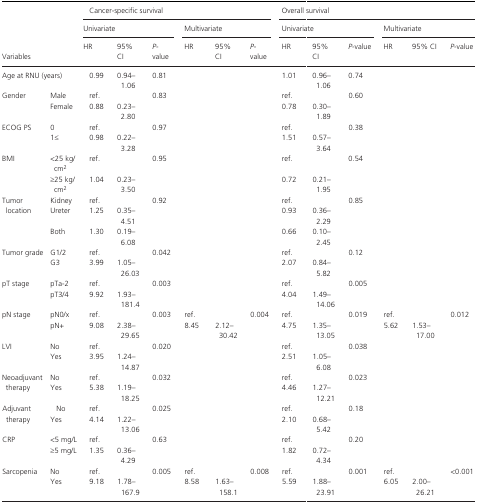
<table><thead><tr><td rowspan="3" colspan="2"><b>Variables</b></td><td colspan="6"><b>Cancer‐specific survival</b></td><td colspan="6"><b>Overall survival</b></td></tr><tr><td colspan="3"><b>Univariate</b></td><td colspan="3"><b>Multivariate</b></td><td colspan="3"><b>Univariate</b></td><td colspan="3"><b>Multivariate</b></td></tr><tr><td><b>HR</b></td><td><b>95% CI</b></td><td><b><i>P</i>‐value</b></td><td><b>HR</b></td><td><b>95% CI</b></td><td><b><i>P</i>‐value</b></td><td><b>HR</b></td><td><b>95% CI</b></td><td><b><i>P‐</i>value</b></td><td><b>HR</b></td><td><b>95% CI</b></td><td><b><i>P</i>‐value</b></td></tr></thead><tbody><tr><td colspan="2">Age at RNU (years)</td><td>0.99</td><td>0.94–1.06</td><td>0.81</td><td></td><td></td><td></td><td>1.01</td><td>0.96–1.06</td><td>0.74</td><td></td><td></td><td></td></tr><tr><td rowspan="2">Gender</td><td>Male</td><td>ref.</td><td></td><td>0.83</td><td></td><td></td><td></td><td>ref.</td><td></td><td>0.60</td><td></td><td></td><td></td></tr><tr><td>Female</td><td>0.88</td><td>0.23–2.80</td><td></td><td></td><td></td><td></td><td>0.78</td><td>0.30–1.89</td><td></td><td></td><td></td><td></td></tr><tr><td rowspan="2">ECOG PS</td><td>0</td><td>ref.</td><td></td><td>0.97</td><td></td><td></td><td></td><td>ref.</td><td></td><td>0.38</td><td></td><td></td><td></td></tr><tr><td>1≤</td><td>0.98</td><td>0.22–3.28</td><td></td><td></td><td></td><td></td><td>1.51</td><td>0.57–3.64</td><td></td><td></td><td></td><td></td></tr><tr><td rowspan="2">BMI</td><td>&lt;25 kg/cm<sup>2</sup></td><td>ref.</td><td></td><td>0.95</td><td></td><td></td><td></td><td>ref.</td><td></td><td>0.54</td><td></td><td></td><td></td></tr><tr><td>≥25 kg/cm<sup>2</sup></td><td>1.04</td><td>0.23–3.50</td><td></td><td></td><td></td><td></td><td>0.72</td><td>0.21–1.95</td><td></td><td></td><td></td><td></td></tr><tr><td rowspan="3">Tumor location</td><td>Kidney</td><td>ref.</td><td></td><td>0.92</td><td></td><td></td><td></td><td>ref.</td><td></td><td>0.85</td><td></td><td></td><td></td></tr><tr><td>Ureter</td><td>1.25</td><td>0.35–4.51</td><td></td><td></td><td></td><td></td><td>0.93</td><td>0.36–2.29</td><td></td><td></td><td></td><td></td></tr><tr><td>Both</td><td>1.30</td><td>0.19–6.08</td><td></td><td></td><td></td><td></td><td>0.66</td><td>0.10–2.45</td><td></td><td></td><td></td><td></td></tr><tr><td rowspan="2">Tumor grade</td><td>G1/2</td><td>ref.</td><td></td><td>0.042</td><td></td><td></td><td></td><td>ref.</td><td></td><td>0.12</td><td></td><td></td><td></td></tr><tr><td>G3</td><td>3.99</td><td>1.05–26.03</td><td></td><td></td><td></td><td></td><td>2.07</td><td>0.84–5.82</td><td></td><td></td><td></td><td></td></tr><tr><td rowspan="2">pT stage</td><td>pTa‐2</td><td>ref.</td><td></td><td>0.003</td><td></td><td></td><td></td><td>ref.</td><td></td><td>0.005</td><td></td><td></td><td></td></tr><tr><td>pT3/4</td><td>9.92</td><td>1.93–181.4</td><td></td><td></td><td></td><td></td><td>4.04</td><td>1.49–14.06</td><td></td><td></td><td></td><td></td></tr><tr><td rowspan="2">pN stage</td><td>pN0/x</td><td>ref.</td><td></td><td>0.003</td><td>ref.</td><td></td><td>0.004</td><td>ref.</td><td></td><td>0.019</td><td>ref.</td><td></td><td>0.012</td></tr><tr><td>pN+</td><td>9.08</td><td>2.38–29.65</td><td></td><td>8.45</td><td>2.12–30.42</td><td></td><td>4.75</td><td>1.35–13.05</td><td></td><td>5.62</td><td>1.53–17.00</td><td></td></tr><tr><td rowspan="2">LVI</td><td>No</td><td>ref.</td><td></td><td>0.020</td><td></td><td></td><td></td><td>ref.</td><td></td><td>0.038</td><td></td><td></td><td></td></tr><tr><td>Yes</td><td>3.95</td><td>1.24–14.87</td><td></td><td></td><td></td><td></td><td>2.51</td><td>1.05–6.08</td><td></td><td></td><td></td><td></td></tr><tr><td rowspan="2">Neoadjuvant therapy</td><td>No</td><td>ref.</td><td></td><td>0.032</td><td></td><td></td><td></td><td>ref.</td><td></td><td>0.023</td><td></td><td></td><td></td></tr><tr><td>Yes</td><td>5.38</td><td>1.19–18.25</td><td></td><td></td><td></td><td></td><td>4.46</td><td>1.27–12.21</td><td></td><td></td><td></td><td></td></tr><tr><td rowspan="2">Adjuvant therapy</td><td>No</td><td>ref.</td><td></td><td>0.025</td><td></td><td></td><td></td><td>ref.</td><td></td><td>0.18</td><td></td><td></td><td></td></tr><tr><td>Yes</td><td>4.14</td><td>1.22–13.06</td><td></td><td></td><td></td><td></td><td>2.10</td><td>0.68–5.42</td><td></td><td></td><td></td><td></td></tr><tr><td rowspan="2">CRP</td><td>&lt;5 mg/L</td><td>ref.</td><td></td><td>0.63</td><td></td><td></td><td></td><td>ref.</td><td></td><td>0.20</td><td></td><td></td><td></td></tr><tr><td>≥5 mg/L</td><td>1.35</td><td>0.36–4.29</td><td></td><td></td><td></td><td></td><td>1.82</td><td>0.72–4.34</td><td></td><td></td><td></td><td></td></tr><tr><td rowspan="2">Sarcopenia</td><td>No</td><td>ref.</td><td></td><td>0.005</td><td>ref.</td><td></td><td>0.008</td><td>ref.</td><td></td><td>0.001</td><td>ref.</td><td></td><td>&lt;0.001</td></tr><tr><td>Yes</td><td>9.18</td><td>1.78–167.9</td><td></td><td>8.58</td><td>1.63–158.1</td><td></td><td>5.59</td><td>1.88–23.91</td><td></td><td>6.05</td><td>2.00–26.21</td><td></td></tr></tbody></table>